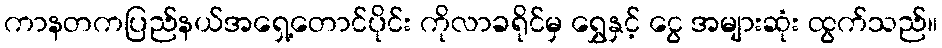
ကာနတကပြည်နယ်အရှေ့တောင်ပိုင်း ကိုလာခရိုင်မှ ရွှေနှင့် ငွေ အများဆုံး ထွက်သည်။